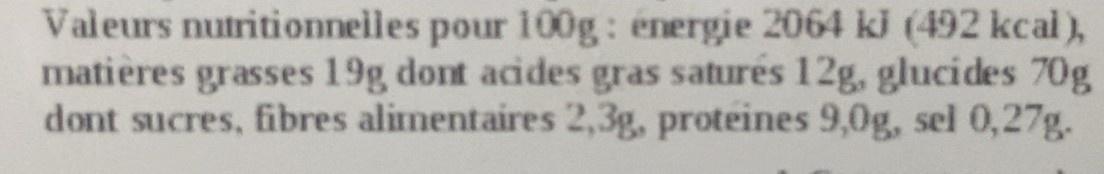
Valeurs nutritionneiles pour 100g: énergie 2064 ki (492 kcal), matières grasses 19g dont acides gras satures 12g, glucides 70g dont sucres, fibres alimentaires 2,3g, proteines 9,0g, sel 0,27g.